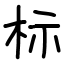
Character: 标